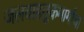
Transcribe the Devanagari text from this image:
जलवाहतूकमार्गाचा